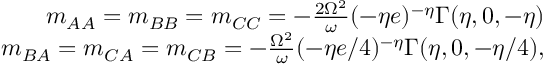
\begin{array} { r } { m _ { A A } = m _ { B B } = m _ { C C } = - \frac { 2 \Omega ^ { 2 } } { \omega } ( - \eta e ) ^ { - \eta } \Gamma ( \eta , 0 , - \eta ) } \\ { m _ { B A } = m _ { C A } = m _ { C B } = - \frac { \Omega ^ { 2 } } { \omega } ( - \eta e / 4 ) ^ { - \eta } \Gamma ( \eta , 0 , - \eta / 4 ) , } \end{array}